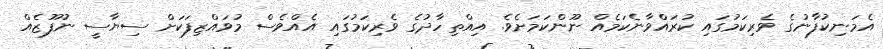
އެމަނިކުފާނުގެ ވެރިކަމުގައި ކުރަައްވާނެކަމެއް ނޫންކަމަށެވެ. އިއްތިހާދުގެ ވެރިކަމުގަައި އެއްވެސް މުވައްޒިފަކަށް ސިޔާސީ ނުފޫޒެއް